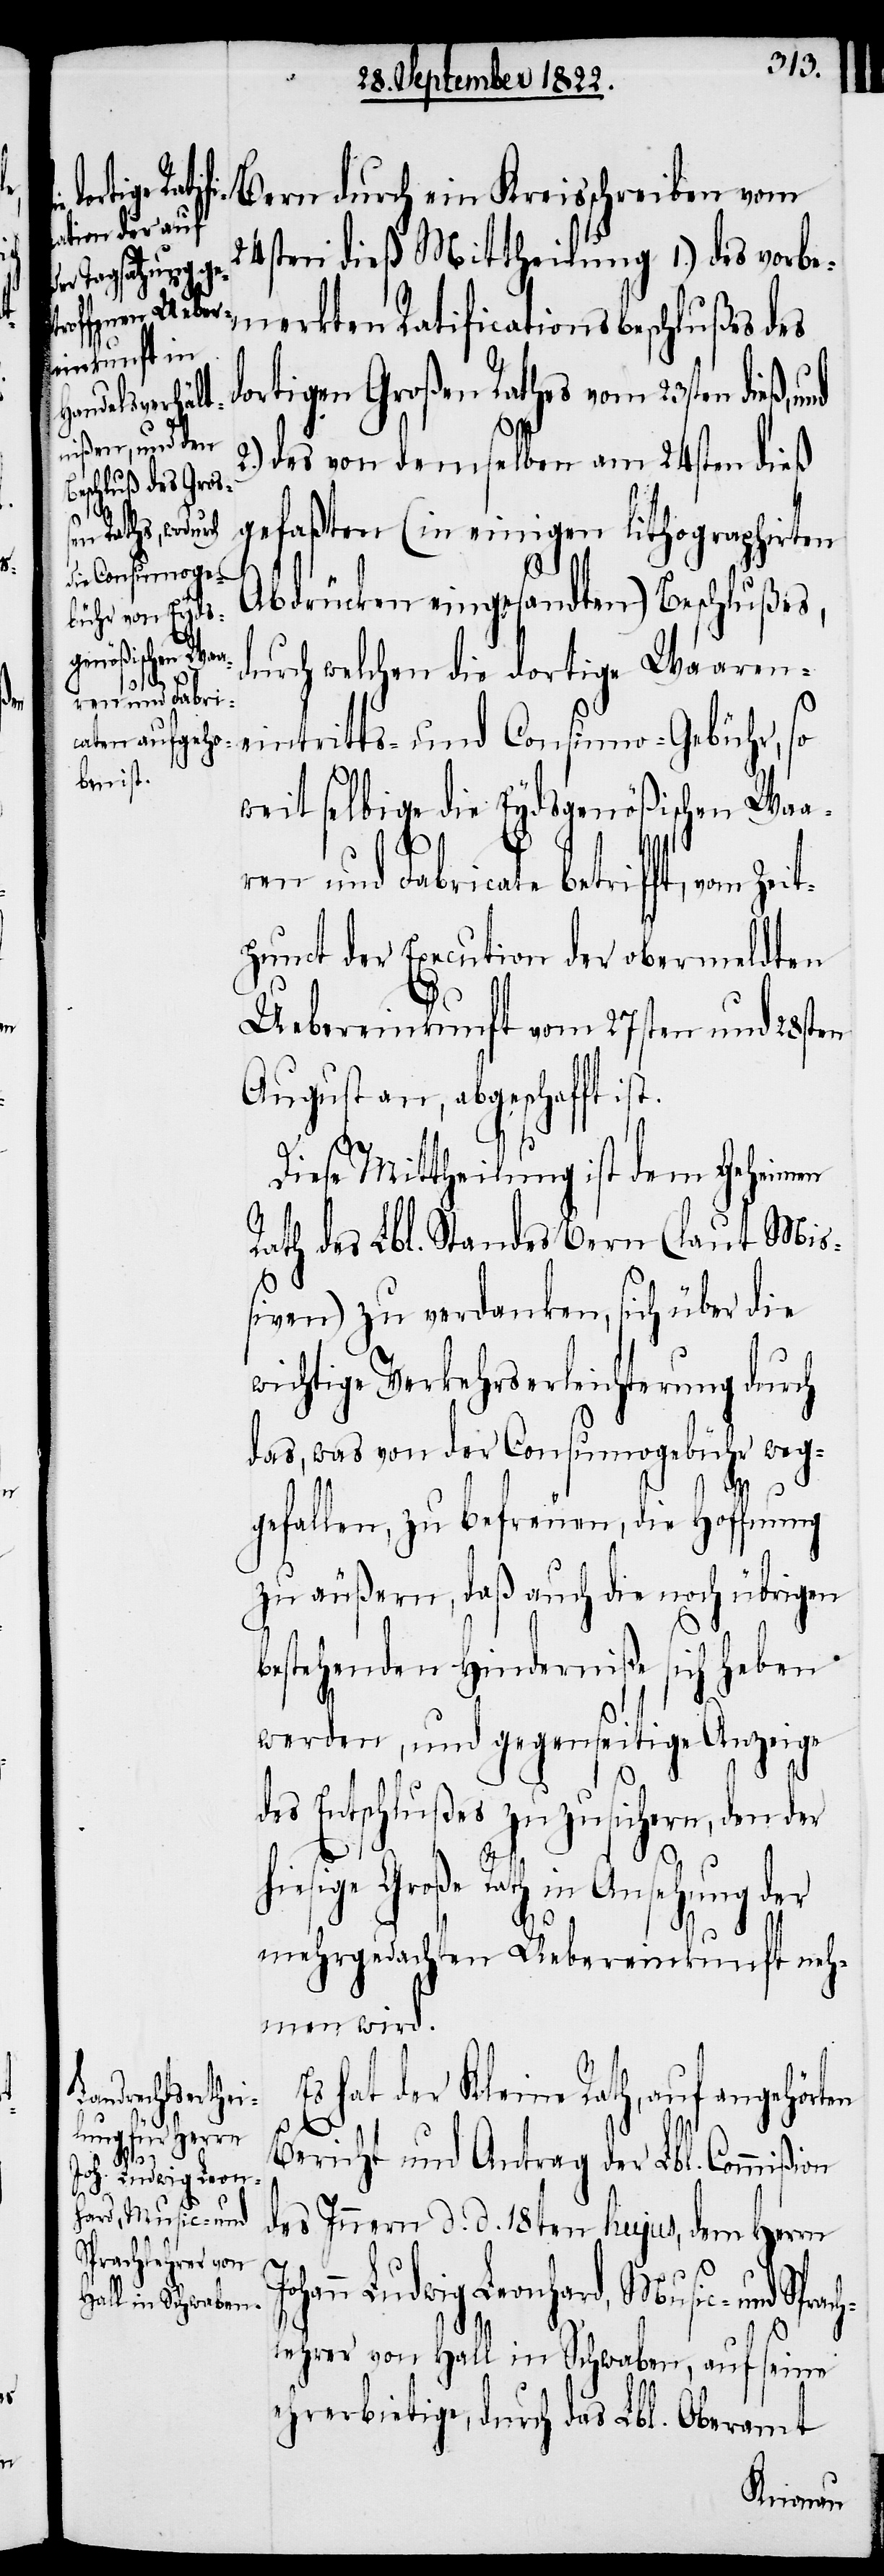
Geheimen Rath
Sprach¬
E¬
s hat der Kleine Rath, auf angehört¬
Jo¬
en
Bericht und Antrag der Lbl. Commißion
hann Ludwig Leon¬
hard, Music- und
des Innern d. d. 18ten hujus, dem Herrn
ichzeitig erhielt der Kleine Rath
lehrer von Hall in Schwaben, auf seine
ehrerbietige, durch das Lbl. Oberamt